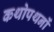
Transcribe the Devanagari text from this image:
कथोपथनों